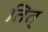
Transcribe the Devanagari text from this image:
तित्